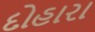
દોહારા